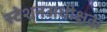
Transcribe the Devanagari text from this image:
स्टेशनअधीक्षक